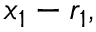
x _ { 1 } - r _ { 1 } ,